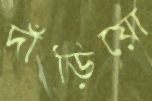
দাঁড়িয়ো